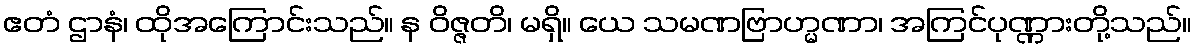
ဧတံ ဌာနံ၊ ထိုအကြောင်းသည်။ န ဝိဇ္ဇတိ၊ မရှိ။ ယေ သမဏဗြာဟ္မဏာ၊ အကြင်ပုဏ္ဏားတို့သည်။